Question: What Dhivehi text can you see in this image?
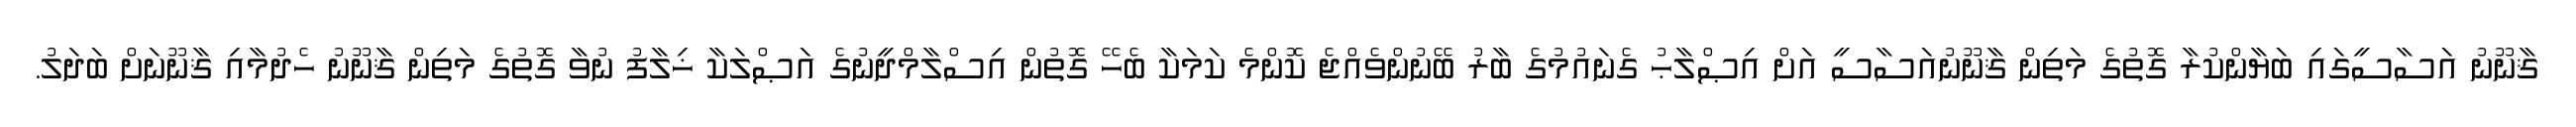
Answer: ޤާނޫނު އަސާސީގައި ބަޔާންކުރާ ގޮތުގެ މަތިން ޤާނޫނުއަސާސީ އަށް އިޞްލާޙު ގެނައުމުގެ ބާރު ބޭނުންވެއްޖެ ކޮންމެ ކަމަކާ ބެހޭ ގޮތުން އިސްލާމްދީނުގެ އަޞްލަކާ ޚިލާފު ނުވާ ގޮތުގެ މަތިން ޤާނޫނު ހެދުމާއި ޤާނޫނަށް ބަދަލު.